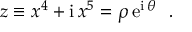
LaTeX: z \equiv x ^ { 4 } + \mathrm { i } \, x ^ { 5 } = \rho \, \mathrm { e } ^ { \mathrm { i } \, \theta } ~ ~ .